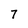
Character: 7